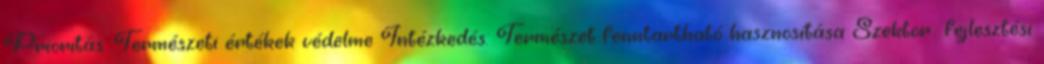
Prioritás: Természeti értékek védelme Intézkedés: Természet fenntartható hasznosítása Szektor fejlesztési